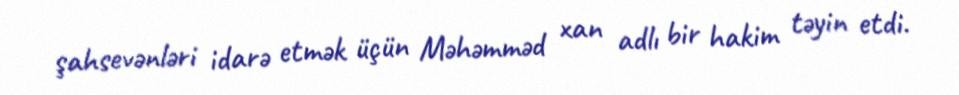
şahsevənləri idarə etmək üçün Məhəmməd xan adlı bir hakim təyin etdi.